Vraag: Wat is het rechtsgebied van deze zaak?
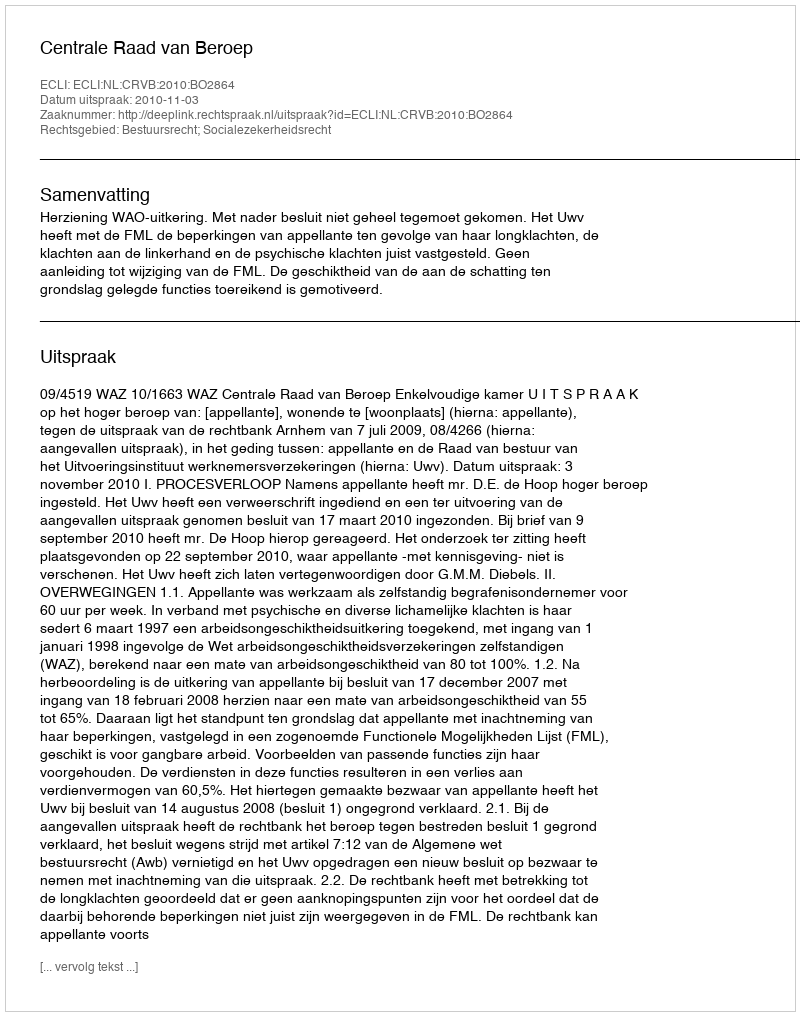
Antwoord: Bestuursrecht; Socialezekerheidsrecht